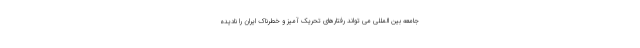
جامعه بین المللی می تواند رفتارهای تحریک آمیز و خطرناک ایران را نادیده